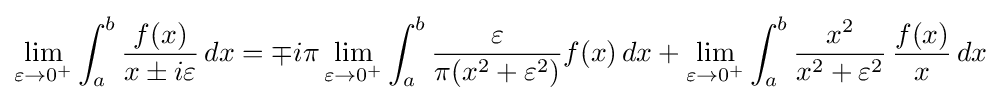
\lim _{\varepsilon \to 0^{+}}\int _{a}^{b}{\frac {f(x)}{x\pm i\varepsilon }}\,dx=\mp i\pi \lim _{\varepsilon \to 0^{+}}\int _{a}^{b}{\frac {\varepsilon }{\pi (x^{2}+\varepsilon ^{2})}}f(x)\,dx+\lim _{\varepsilon \to 0^{+}}\int _{a}^{b}{\frac {x^{2}}{x^{2}+\varepsilon ^{2}}}\,{\frac {f(x)}{x}}\,dx